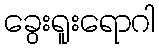
ခွေးရူးရောဂါ